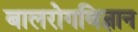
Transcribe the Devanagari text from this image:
बालरोगविज्ञान